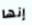
إنها